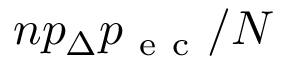
n p _ { \Delta } p _ { \mathrm { ~ e ~ c ~ } } / N